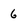
Character: 6